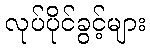
လုပ်ပိုင်ခွင့်များ